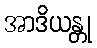
အာဒိယန္တု